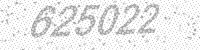
Solution: 625022